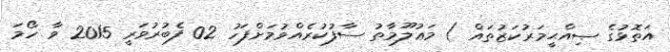
އަތޮޅުގެ ޞިއްޙީމަރުކަޒުތައް ) މަޢުލޫމާތު ސާފުކުރެއްވުމަށްފަހު 02 ފެބުރުވަރީ 2015 ވާ ހޯމަ